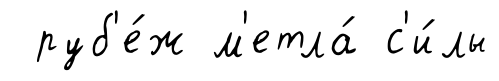
руб'е́ж м'етла́ с'и́лы